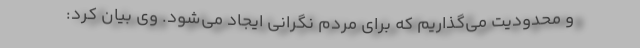
و محدودیت می‌گذاریم که برای مردم نگرانی ایجاد می‌شود. وی بیان کرد: